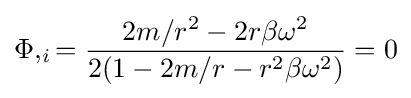
\Phi ,_{i}={\frac {2m/r^{2}-2r\beta \omega ^{2}}{2(1-2m/r-r^{2}\beta \omega ^{2})}}=0